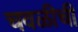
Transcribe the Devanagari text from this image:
चवळीची